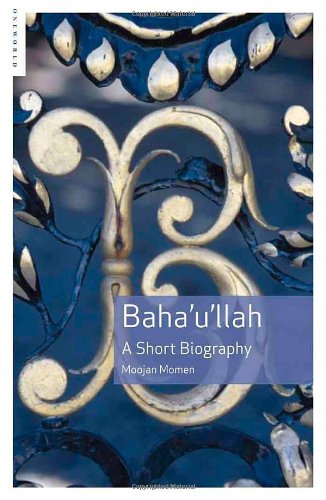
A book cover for Baha'u'llah: A Short Biography; Moojan Momen; Religion & Spirituality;